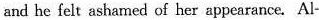
and he felt shamed of her appearance. Ai-